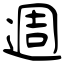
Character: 週